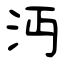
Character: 沔